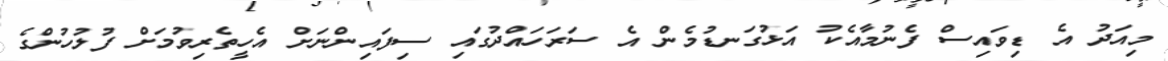
މިއަދު އެ ޑިވައިސް ފެނުމާއެކު އަޅުގަނޑުމެން އެ ސަރަހައްދުގައި ސިފައިންނަށް އެހީތެރިވުމަށް ފުލުހުންގެ